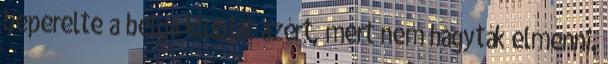
beperelte a belga klubját azért, mert nem hagyták elmenni.